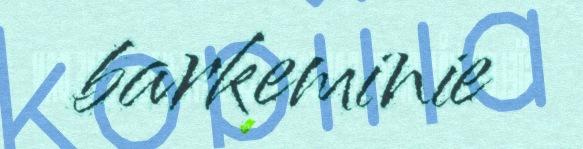
barkeminie